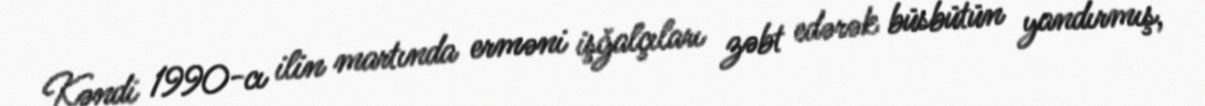
Kəndi 1990-cı ilin martında erməni işğalçıları zəbt edərək büsbütün yandırmış,